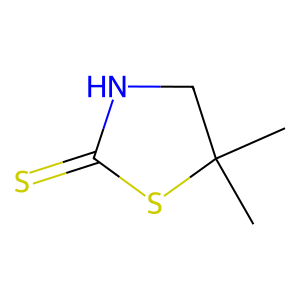
SMILES: CC1(C)CNC(=S)S1
Inhibits HIV replication: No